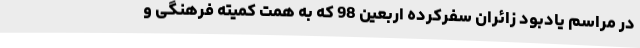
در مراسم یادبود زائران سفرکرده اربعین 98 که به همت کمیته فرهنگی و